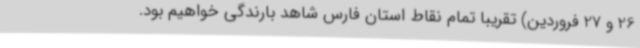
26 و 27 فروردین) تقریبا تمام نقاط استان فارس شاهد بارندگی خواهیم بود.